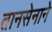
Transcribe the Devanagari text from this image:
तानसेनाने